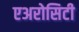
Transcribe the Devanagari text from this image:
एअरोसिटी